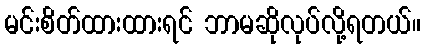
မင်းစိတ်ထားထားရင် ဘာမဆိုလုပ်လို့ရတယ်။